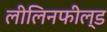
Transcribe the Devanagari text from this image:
लीलिनफील्ड